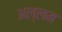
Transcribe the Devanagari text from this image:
अल्लम